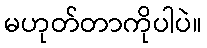
မဟုတ်တာကိုပါပဲ။